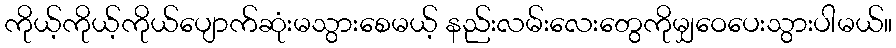
ကိုယ့်ကိုယ့်ကိုယ်ပျောက်ဆုံးမသွားစေမယ့် နည်းလမ်းလေးတွေကိုမျှဝေပေးသွားပါမယ်။